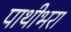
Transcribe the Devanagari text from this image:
पाथीभरा